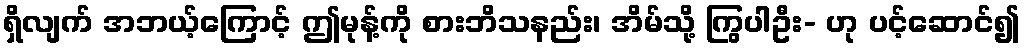
ရှိလျက် အဘယ့်ကြောင့် ဤမုန့်ကို စားဘိသနည်း၊ အိမ်သို့ ကြွပါဦး- ဟု ပင့်ဆောင်၍